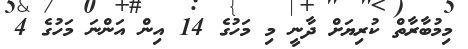
މިމުބާރާތް ކުރިޔަށް ދާނީ މި މަހުގެ 14 އިން އަންނަ މަހުގެ 4